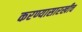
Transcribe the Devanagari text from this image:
करण्यासारखीच